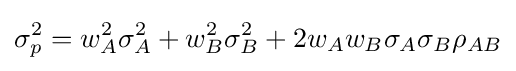
\sigma _{p}^{2}=w_{A}^{2}\sigma _{A}^{2}+w_{B}^{2}\sigma _{B}^{2}+2w_{A}w_{B}\sigma _{A}\sigma _{B}\rho _{AB}